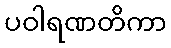
ပဝါရဏတိကာ